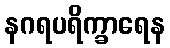
နဂရပရိက္ခာရေန